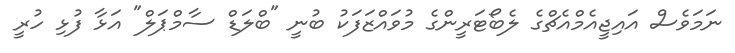
ނަމަވެސް އައިޖީއެމްއެޗްގެ ލެބޯޓަރީންގެ މުވައްޒަފަކު ބުނީ "ބްލަޑް ސާމްޕަލް" އަޅާ ފުޅި ހުރީ